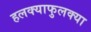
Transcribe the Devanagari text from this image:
हलक्याफुलक्या